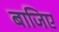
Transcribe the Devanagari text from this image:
बाजिए